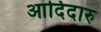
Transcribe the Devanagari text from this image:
आदिदारु